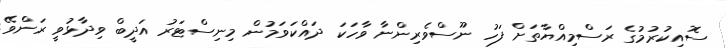
ސޮއިކުރުމުގެ ރަސްމިއްޔާތަށް ފަހު ނޫސްވެރިންނާ ވާހަކަ ދައްކަވަމުން މިނިސްޓަރު އަދީބް ވިދާޅުވީ ރަންވޭ